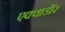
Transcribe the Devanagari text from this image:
एक्वाडॉर